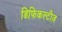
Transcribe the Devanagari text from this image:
डिफिकल्टीज़